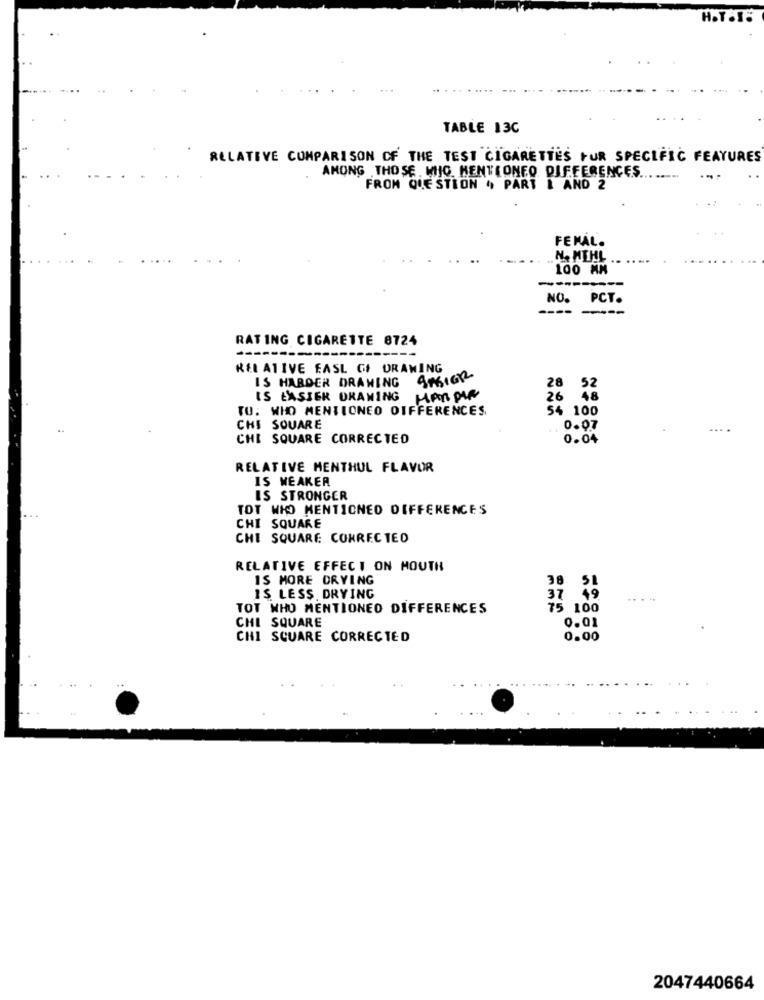
H.T.T.
TABLE 13C
RELATIVE COMPARISON OF THE TEST CIGARETTES FOR SPECIFIC FEATURES
AMONG THOSE MIG HENTEONEO DIFFERENCES ........
FROM QUESTION , PART I AND 2
FEMAL.
N. MEHL
100 MM
---------
NO. PCT.
----
RATING CIGARETTE 8724
---
RELATIVE FASL CF DRAWING
IS HARDER DRAWING ARGIGR
28
52
IS EASIER DRAWING
26 48
TO: WHO MENTIONED DIFFERENCES,
54 100
CHI SQUARE
0.07
CHI SQUARE CORRECTED
0.04
RELATIVE MENTHUL FLAVOR
IS WEAKER
IS STRONGER
TOT WHO MENTIONED DIFFERENCES
CHI SQUARE
CHI SQUARE CONREC TED
RELATIVE EFFECT ON HOUTH
IS MORE DRYING
38
IS LESS. DRYING
37
49
....
TOT WHO MENTIONED DIFFERENCES
75 100
CHI SQUARE
0.01
CHI SQUARE CORRECTED
0.00
2047440664